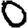
Digit: 0